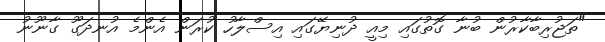
"ތަޖުރިބާކާރުން ބުނާ ގޮތުގައި މިއީ ދުނިޔޭގައި އިސްލާހު ކުރަން އެންމެ އުނދަގޫ ގާނޫނު